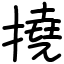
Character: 撓